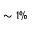
\sim 1 \%